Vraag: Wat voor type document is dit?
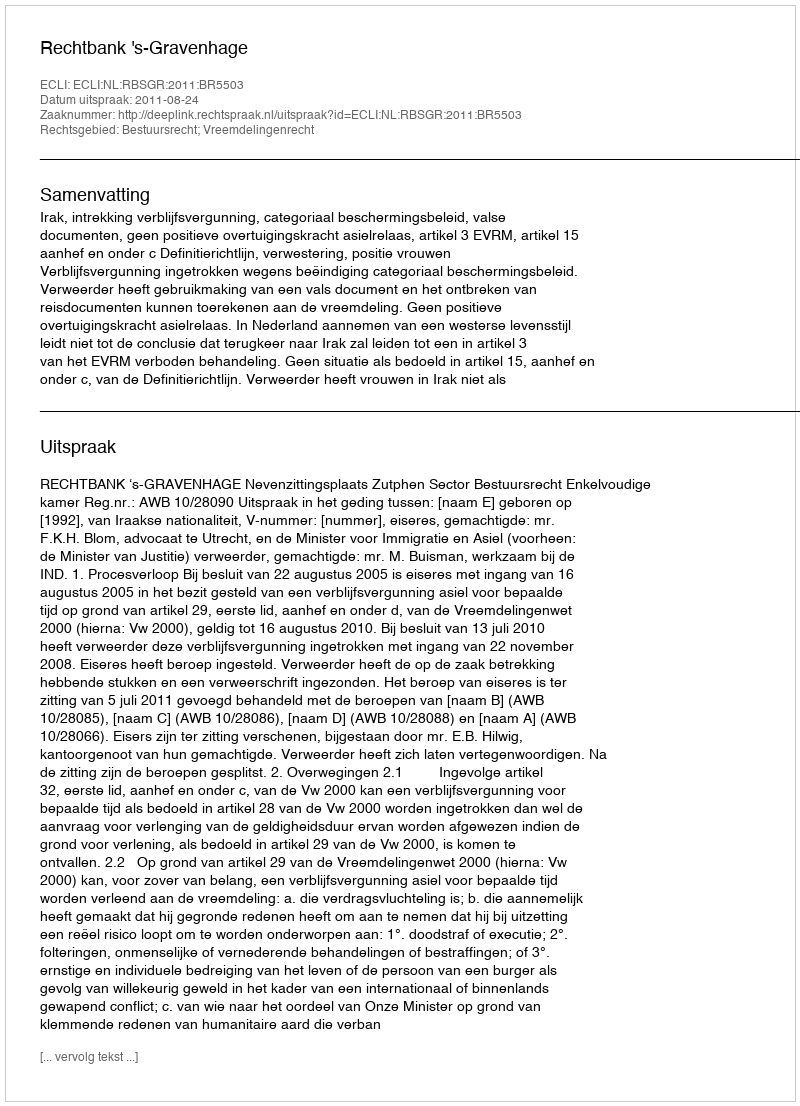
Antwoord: Uitspraak